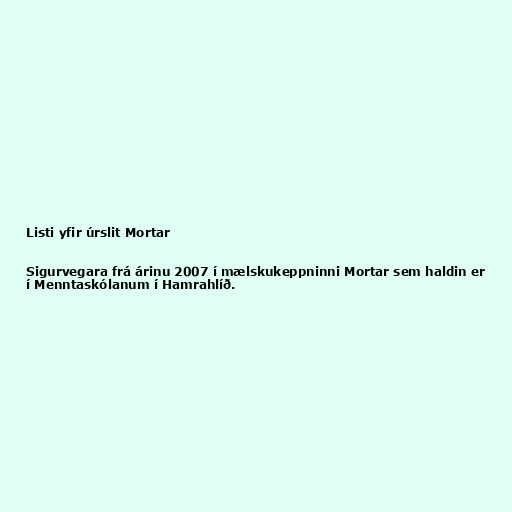
Listi yfir úrslit Mortar

Sigurvegara frá árinu 2007 í mælskukeppninni Mortar sem haldin er
í Menntaskólanum í Hamrahlíð.